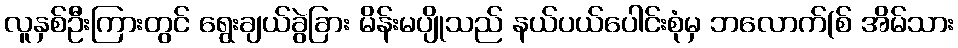
လူနှစ်ဦးကြားတွင် ရွေးချယ်ခွဲခြား မိန်းမပျိုသည် နယ်ပယ်ပေါင်းစုံမှ ဘလောက်(စ် အိမ်သား